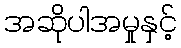
အဆိုပါအမှုနှင့်